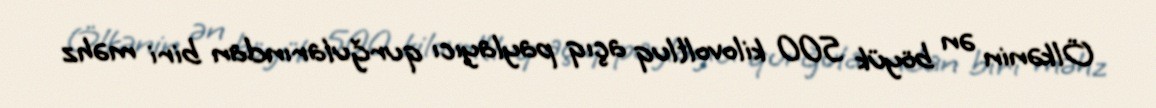
Ölkənin ən böyük 500 kilovoltluq açıq paylayıcı qurğularından biri məhz